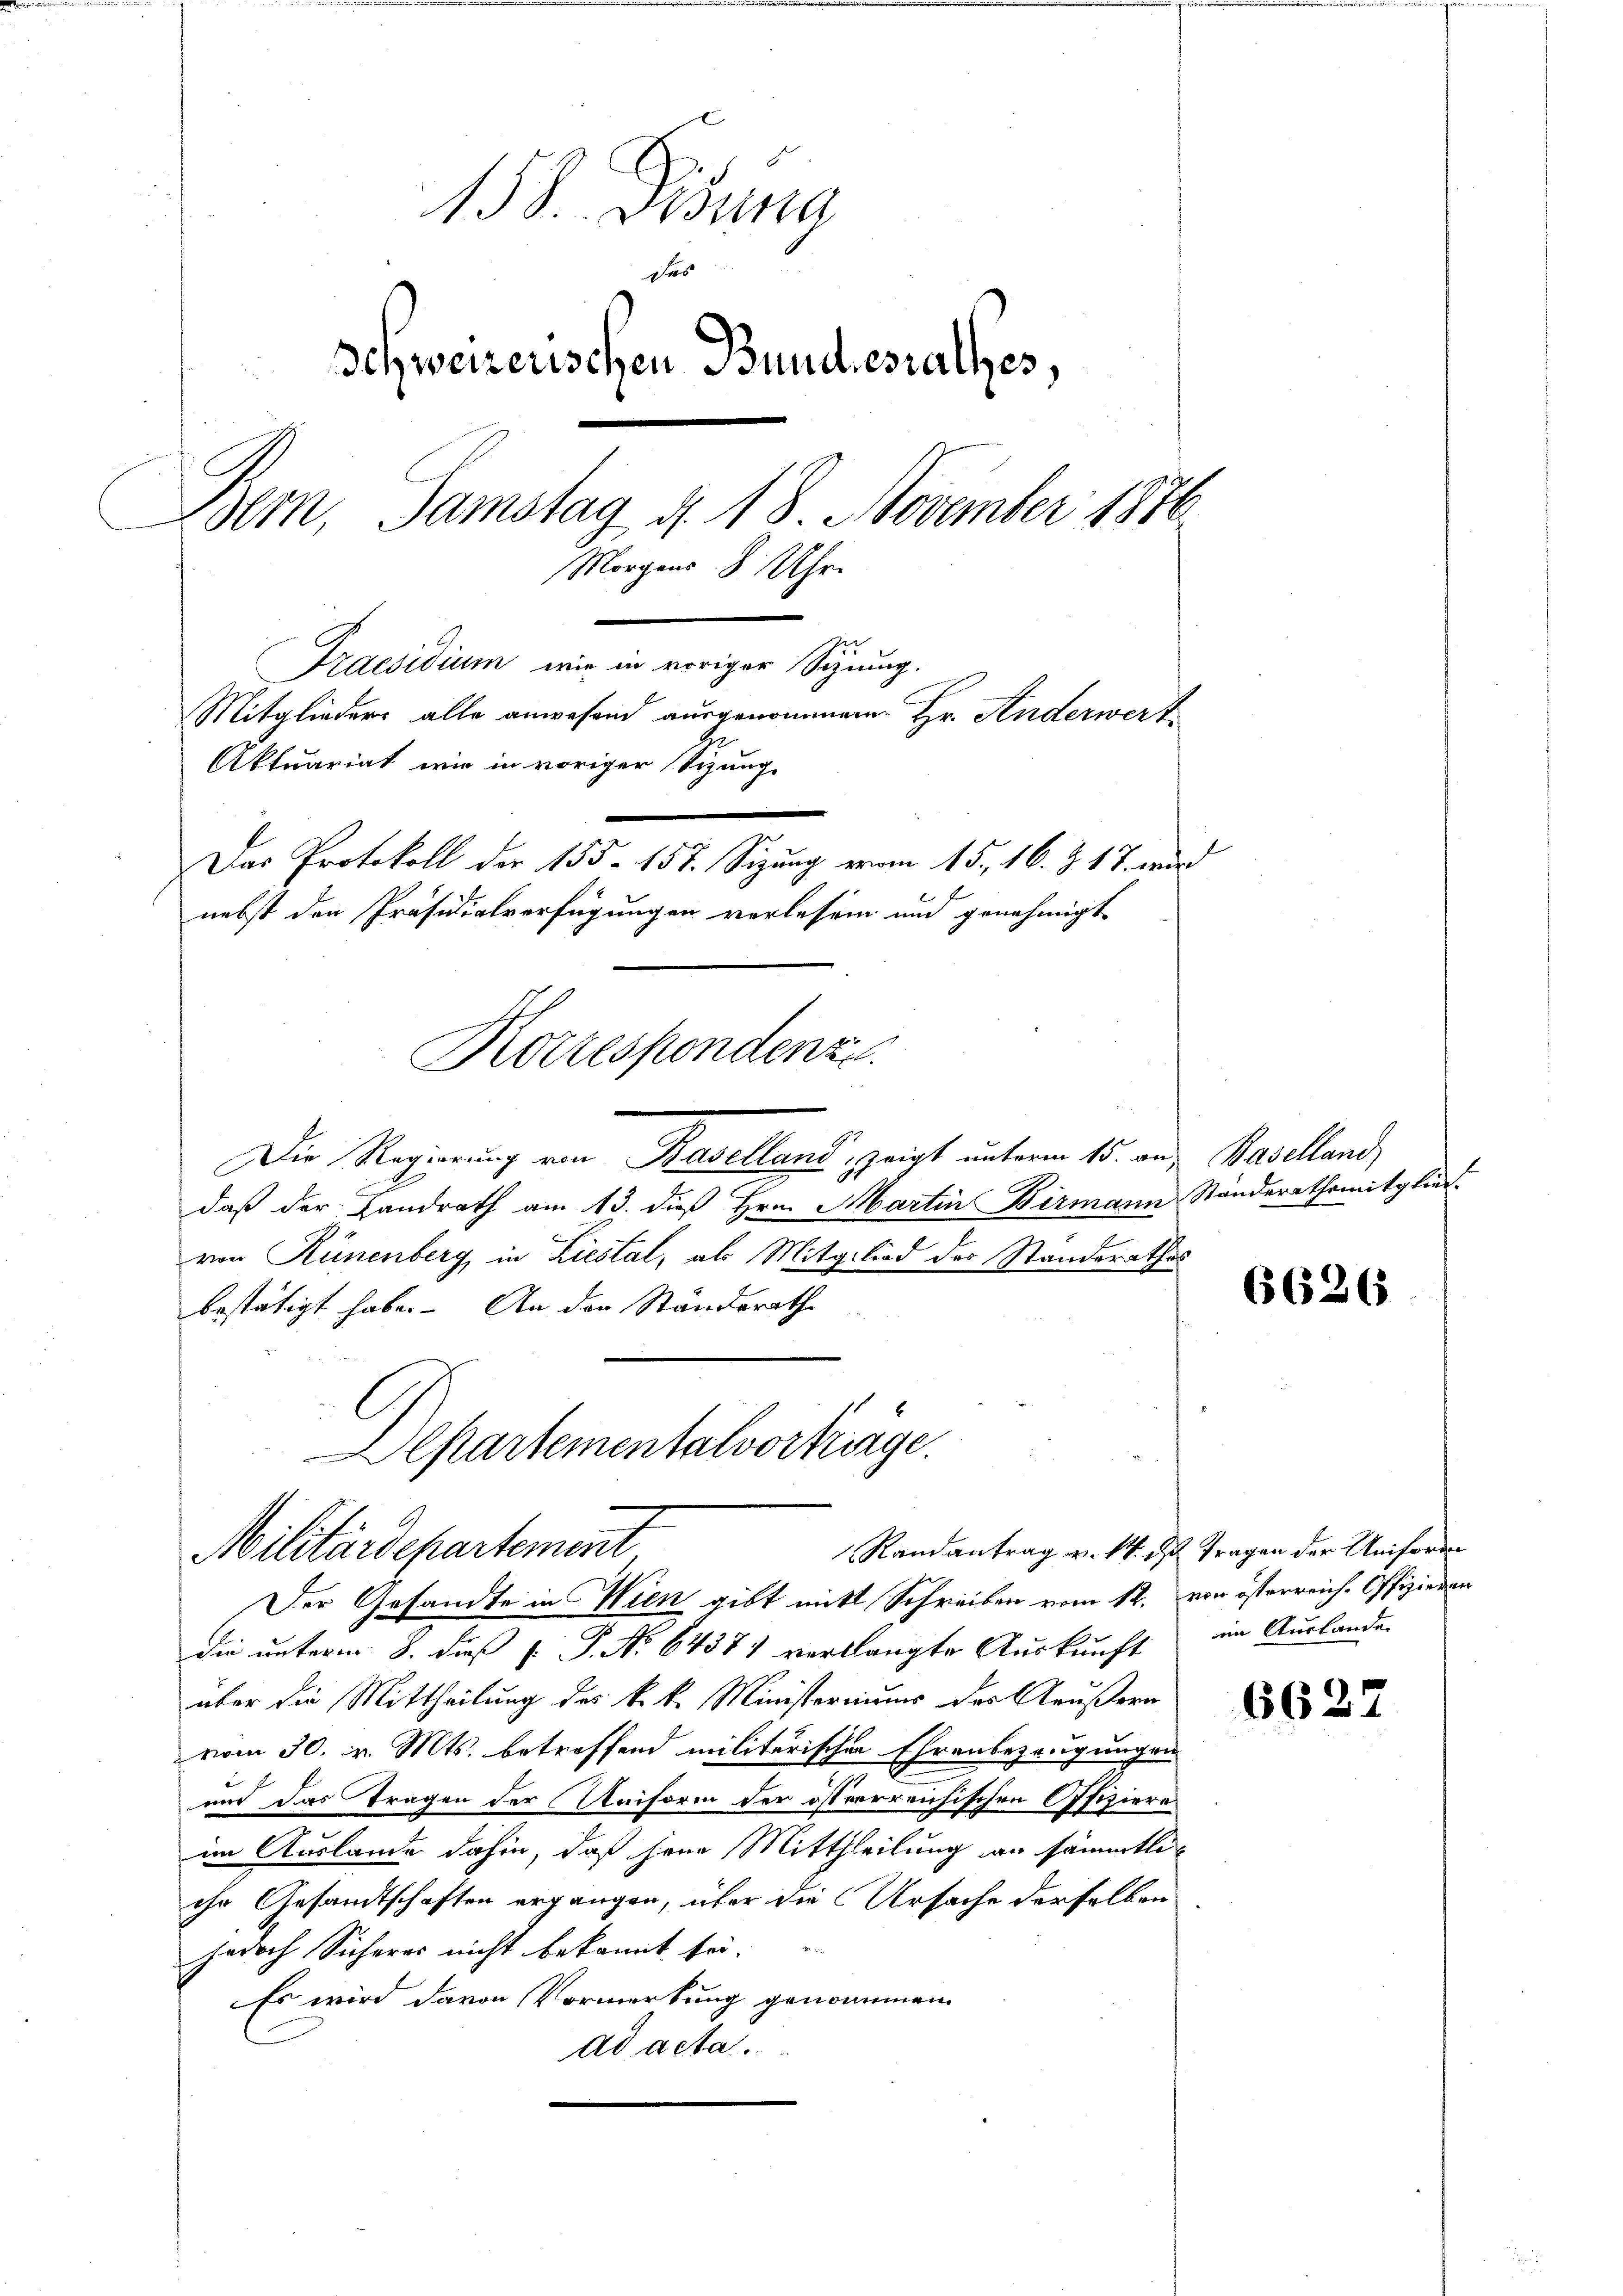
158. Gebung
das
Schweizerischen Bundesrathes,
Bem, Samstag d. 18 November 1876
Morgens 8 Uhr.
Praesidium wie in voriger Schnung.
Mitglieders alle anwesend ausgenommen Hr. Anderwert
Aktuariat wie in voriger Sizung
Das Protokoll der 155. 157. Sizung vom 15. 16. Z. 17. wird
nebst den Präsidialverfügungen verlesen und genehmigt
Korrespondenze.

.
Die Regierung von Baselland, zeigt unterm 15. an Baselland
daß der Landrath am 13. dieß Hrn. Martin Birmann Standerathsmitglied
von Rünenberg, in Liestal, als Mitglied des Standerathes
bestätigt habe. An der Standsrath
Departementalvorträge.

Militärdepartement
Der Gesandte in Wien gibt mit Schreiben vom 12. von österreiche Offizieren

Die unterm 8. dieß P. P. Nr. 6437) verlangte Auskunft
über die Mittheilung des k. k. Ministeriums des Aeußern
vom 30. v. Mts. betreffend militärischen Ehrenbezeugungen
und das Tragen der Uniform der österreichischen Offiziere
im Auslande dahin, daß jene Mittheilung an sämmtlich
che Gesandtschaften ergangen, über die Ursache derselben
jedoch Sicheres nicht bekannt sei.
Es wird davon Vormerkung genommen.
ad acta.

Randantrag v. 14. d. Tragen der Uniform

6626

ein Auslande

662.